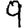
Digit: 9